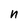
Character: n